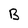
Character: B